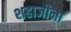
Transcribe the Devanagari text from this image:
शहाजीना